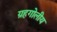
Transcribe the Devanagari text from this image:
ग्रहगोलीय